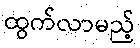
ထွက်လာမည့်